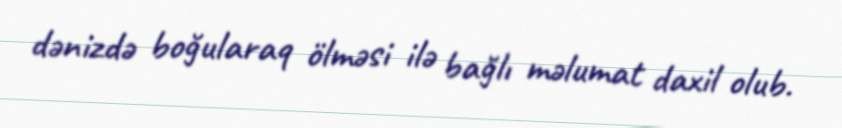
dənizdə boğularaq ölməsi ilə bağlı məlumat daxil olub.